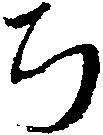
ち